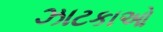
ઝાટકાઓ